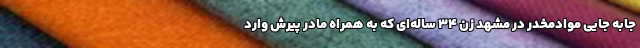
جابه جایی موادمخدر در مشهد زن ۳۴ ساله‌ای که به همراه مادر پیرش وارد